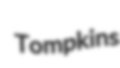
Tompkins